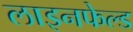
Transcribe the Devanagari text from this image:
लाइनफेल्ड